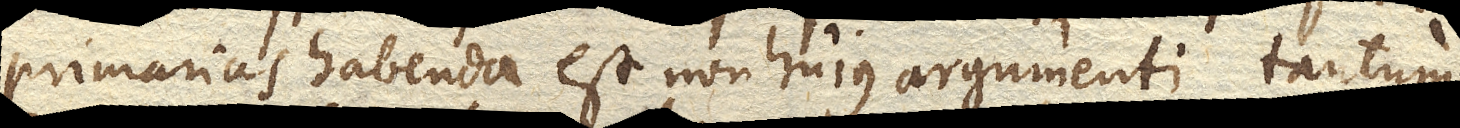
primarias habenda est non hujus argumenti tantum,